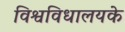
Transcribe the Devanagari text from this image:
विश्वविधालयके